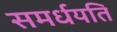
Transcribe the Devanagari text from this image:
समर्धयति